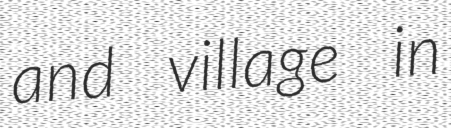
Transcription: and village in